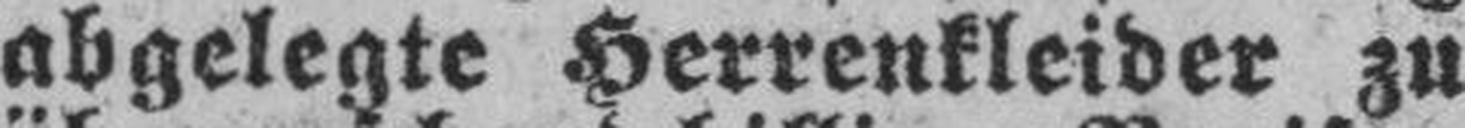
abgelegte Herrenkleider zu